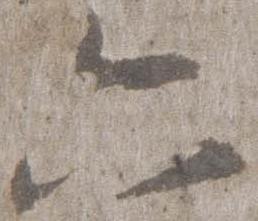
六